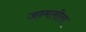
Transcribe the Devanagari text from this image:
जन्मलीला